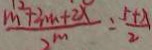
\frac { m ^ { 2 } + 3 m + 2 \lambda } { 2 ^ { m } } = \frac { 5 + \lambda } { 2 }